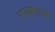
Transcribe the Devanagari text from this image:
तनुमध्या